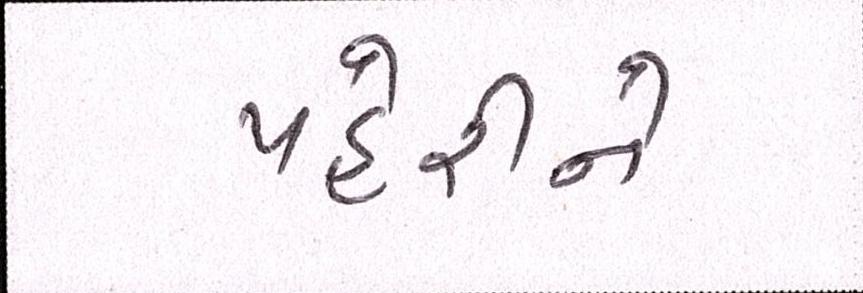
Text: પહેરીને